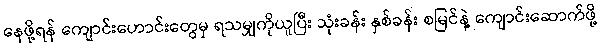
နေဖို့ရန် ကျောင်းဟောင်းတွေမှ ရသမျှကိုယူပြီး သုံးခန်း နှစ်ခန်း စမြင်နဲ့ ကျောင်းဆောက်ဖို့